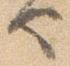
也